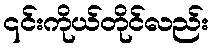
၎င်းကိုယ်တိုင်လည်း